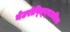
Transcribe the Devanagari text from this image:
नेउरोप्स्य्चिअतिक